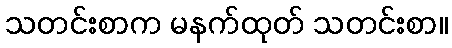
သတင်းစာက မနက်ထုတ် သတင်းစာ။